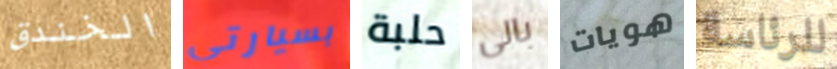
الخندق بسيارتي حلبة بالى هويات للرئاسة